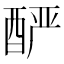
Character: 酽